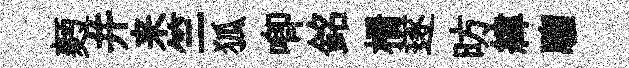
麪并来竺狐唧銘栅遂昉緯騮